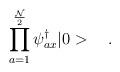
LaTeX: \begin{align*}\prod_{a=1}^{\frac{\cal N}{2}}\psi_{ax}^{\dagger}|0>\quad .\end{align*}